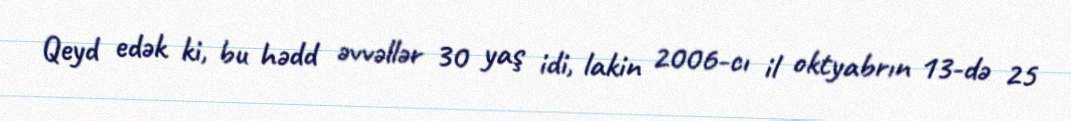
Qeyd edək ki, bu hədd əvvəllər 30 yaş idi, lakin 2006-cı il oktyabrın 13-də 25